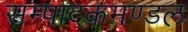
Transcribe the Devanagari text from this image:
सम्पादकमण्डल